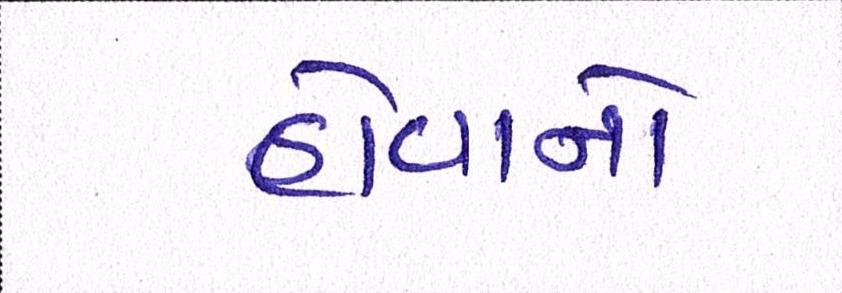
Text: હોવાનો